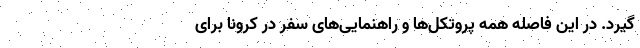
گیرد. در این فاصله همه پروتکل‌ها و راهنمایی‌های سفر در کرونا برای